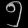
Digit: ၅